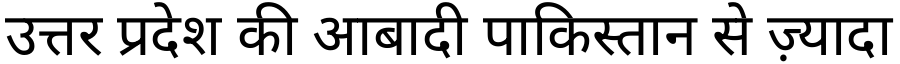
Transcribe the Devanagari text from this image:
उत्तर प्रदेश की आबादी पाकिस्तान से ज़्यादा